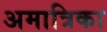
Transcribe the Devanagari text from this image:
अमात्रिका